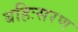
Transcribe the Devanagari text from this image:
बहिःसरण